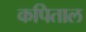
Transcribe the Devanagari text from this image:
कपिताल